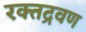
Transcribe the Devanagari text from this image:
रक्तद्रवण